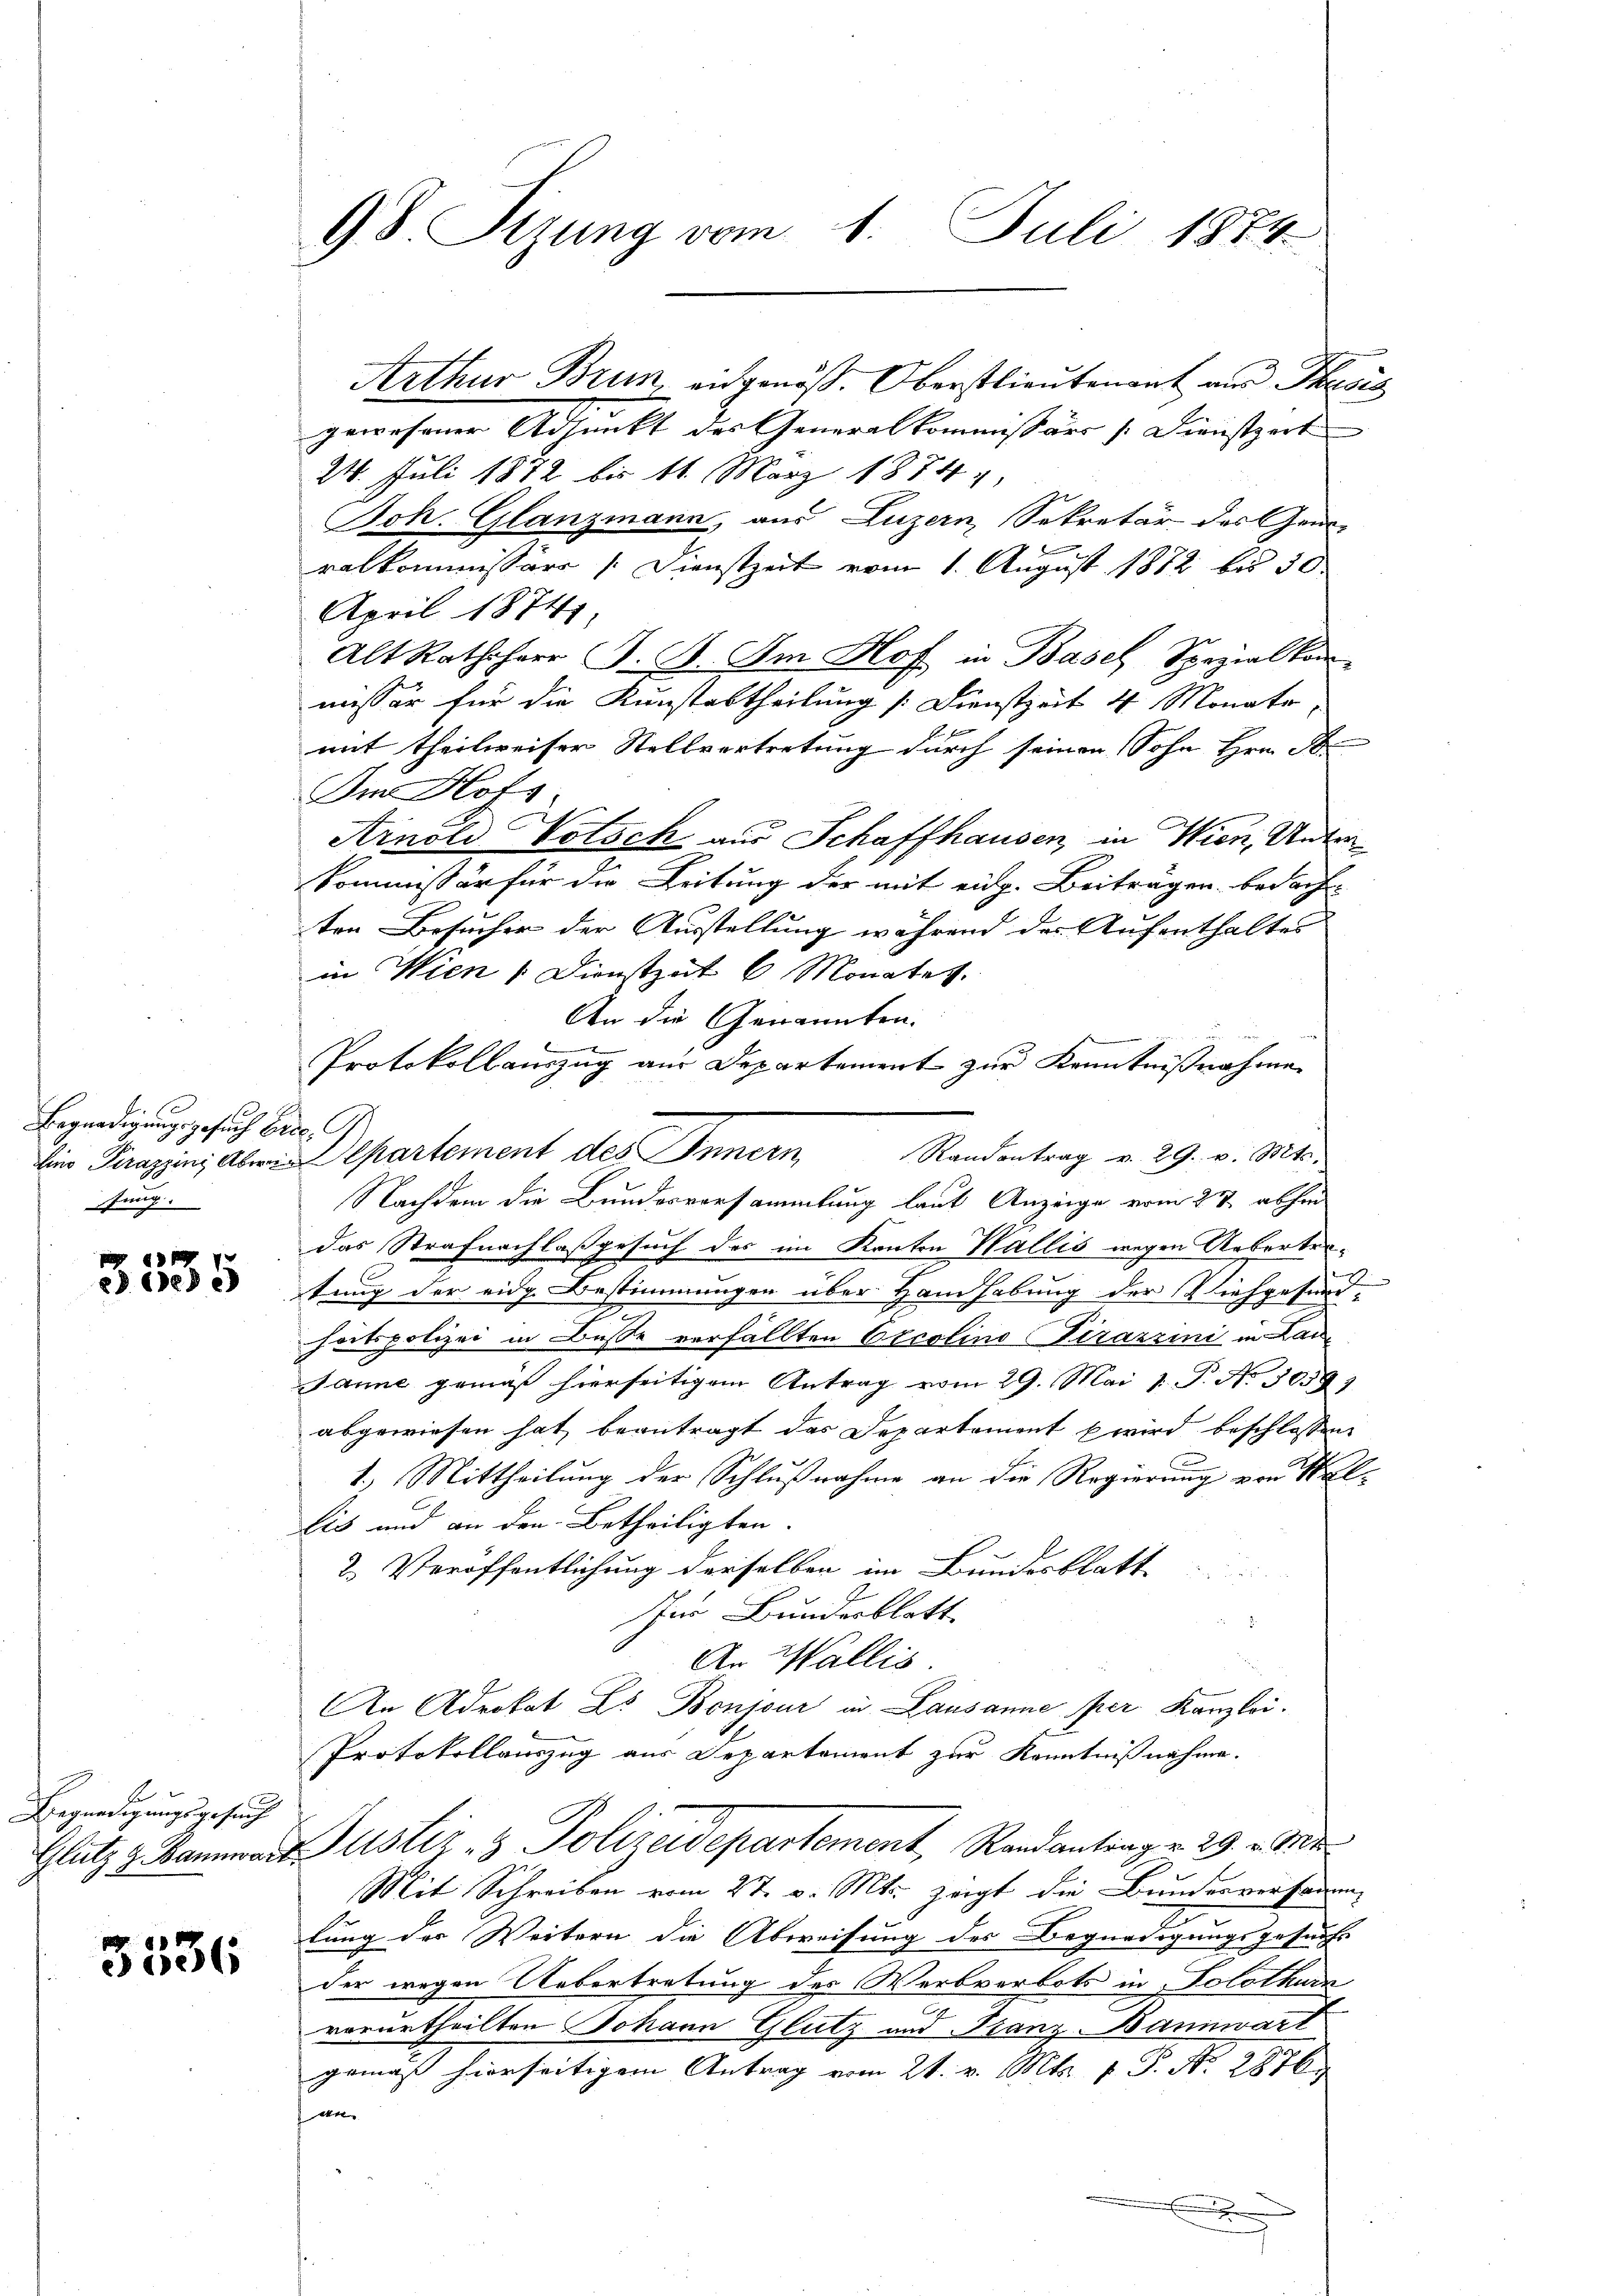
n
Begnadigungsgesuch Erilino Pirazzins Aberin
sung.

e 60

s
Begnadigungsgesuch

3336

98. Sizung vom 1. Juli 1874.

t

d

Arthur Brun, eidgenöß. Oberstlieutenant aus Mess
gewesener Adjunkt des Generalkommissärs /:Dienstzeit
24. Juli 1872 bis 11. März 1874,
Joh. Glanzmann, aus Luzern, Sekretär des Gene-
n
ralkommissärs /:Dienstzeit vom 1. August 1882 bis 30.
April 18741.
Alt Rathsherr J. B. Im Hof in Basel Spezialkommissär für die Kunstabtheilung [Dienstzeit 4 Monate
mit theilweiser Stellvertretung durch seinen Sohn Hrn. D
Der Hofs
Arnold Votsch aus Schaffhausen, in Wien, Unter
Kommissär für die Leitung der mit eidg. Beiträgen bedacht-
ten Besucher der Ausstellung während der Aufenthaltes
in Wien 1. Dienstzeit 6 Monates.
An die Genannten.

Protokollauszug aus Departement zur Kenntnißnahme
G
Departement des Innern,
Randantrag v. 29. v. Mts.
Nachdem die Bundesvorsammlung laut Anzeige vom 27. abhin
das Strafnachlaßgesuch des im Kanton Wallis wegen Arberteitung der eidg. Bestimmungen über Handhabung der Viehgesundheitspolizei in Busse verfällten Orcolino Tirazzini in Lau¬
Janne gemäß hierseitigem Antrag vom 29. Mai 1. P. No 30591
abgewiesen hat beantragt das Departement wird beschlossen
schen
1) Mittheilung der Schlußnahme an die Regierung von Walbis und an den Betheiligten.
2. Veröffentlichung derselben im Bundesblatt
für Bundesblatt.
An Wallis.
An Adrokat L. Bonjeur in Lausanne per Kanzlei.
Protokollauszug aus Departement zur Kenntnißnahme.
Glatz & Baumans Justiz- & Polizeidepartement, Randantrag v. 29. v. Mt
Mit Schreiben vom 27. v. Mts. zeigt die Bundesversamm-
lung der Weitern die Abweisung des Begnadigungsgesuchs
der wegen Uebertretung des Werbverbots in Solothurn
vorurtheilten Johann Glutz und Franz-Bannwart
gemäß hierseitigem Antrag vom 21. v. Mts. 1. P. Nr. 2876
d
x